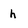
Character: h